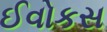
ઈવોકસ